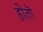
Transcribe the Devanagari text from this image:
होतॊ